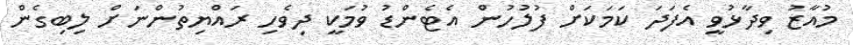
މުއާޒު ވިދާޅުވީ އެފަދަ ކަމަކަށް ފުލުހުން އެޓެންޑު ވުމަކީ ދިވެހި ރައްޔިތުންނަށް ލިބިގެން